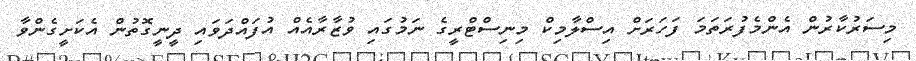
މިސަރުކާރުން އެންމެފުރަތަމަ ފަހަރަށް އިސްލާމިކް މިނިސްޓްރީގެ ނަމުގައި ވުޒާރާއެއް އުފައްދަވައި ދީނީގޮތުން އެކަށީގެންވާ